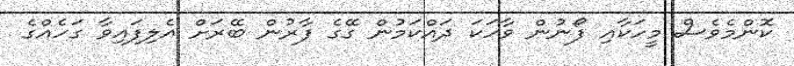
ކޮންމެވެސް މީހަކާއި ފޯނުން ވާހަކަ ދައްކަމުން ގޭގެ ފާރުން ބޭރަށް އެލިފައިވާ ގަހެއްގެ